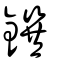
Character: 鐉